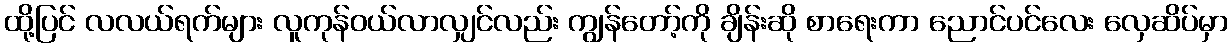
ထို့ပြင် လလယ်ရက်များ လူကုန်ဝယ်လာလျှင်လည်း ကျွန်တော့်ကို ချိန်းဆို စာရေးကာ ညောင်ပင်လေး လှေဆိပ်မှာ